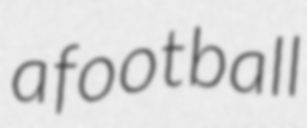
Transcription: a football